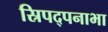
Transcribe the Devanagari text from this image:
स्रिपद्पनाभा